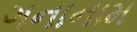
ગનાનામ